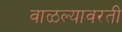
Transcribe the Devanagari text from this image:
वाळल्यावरती